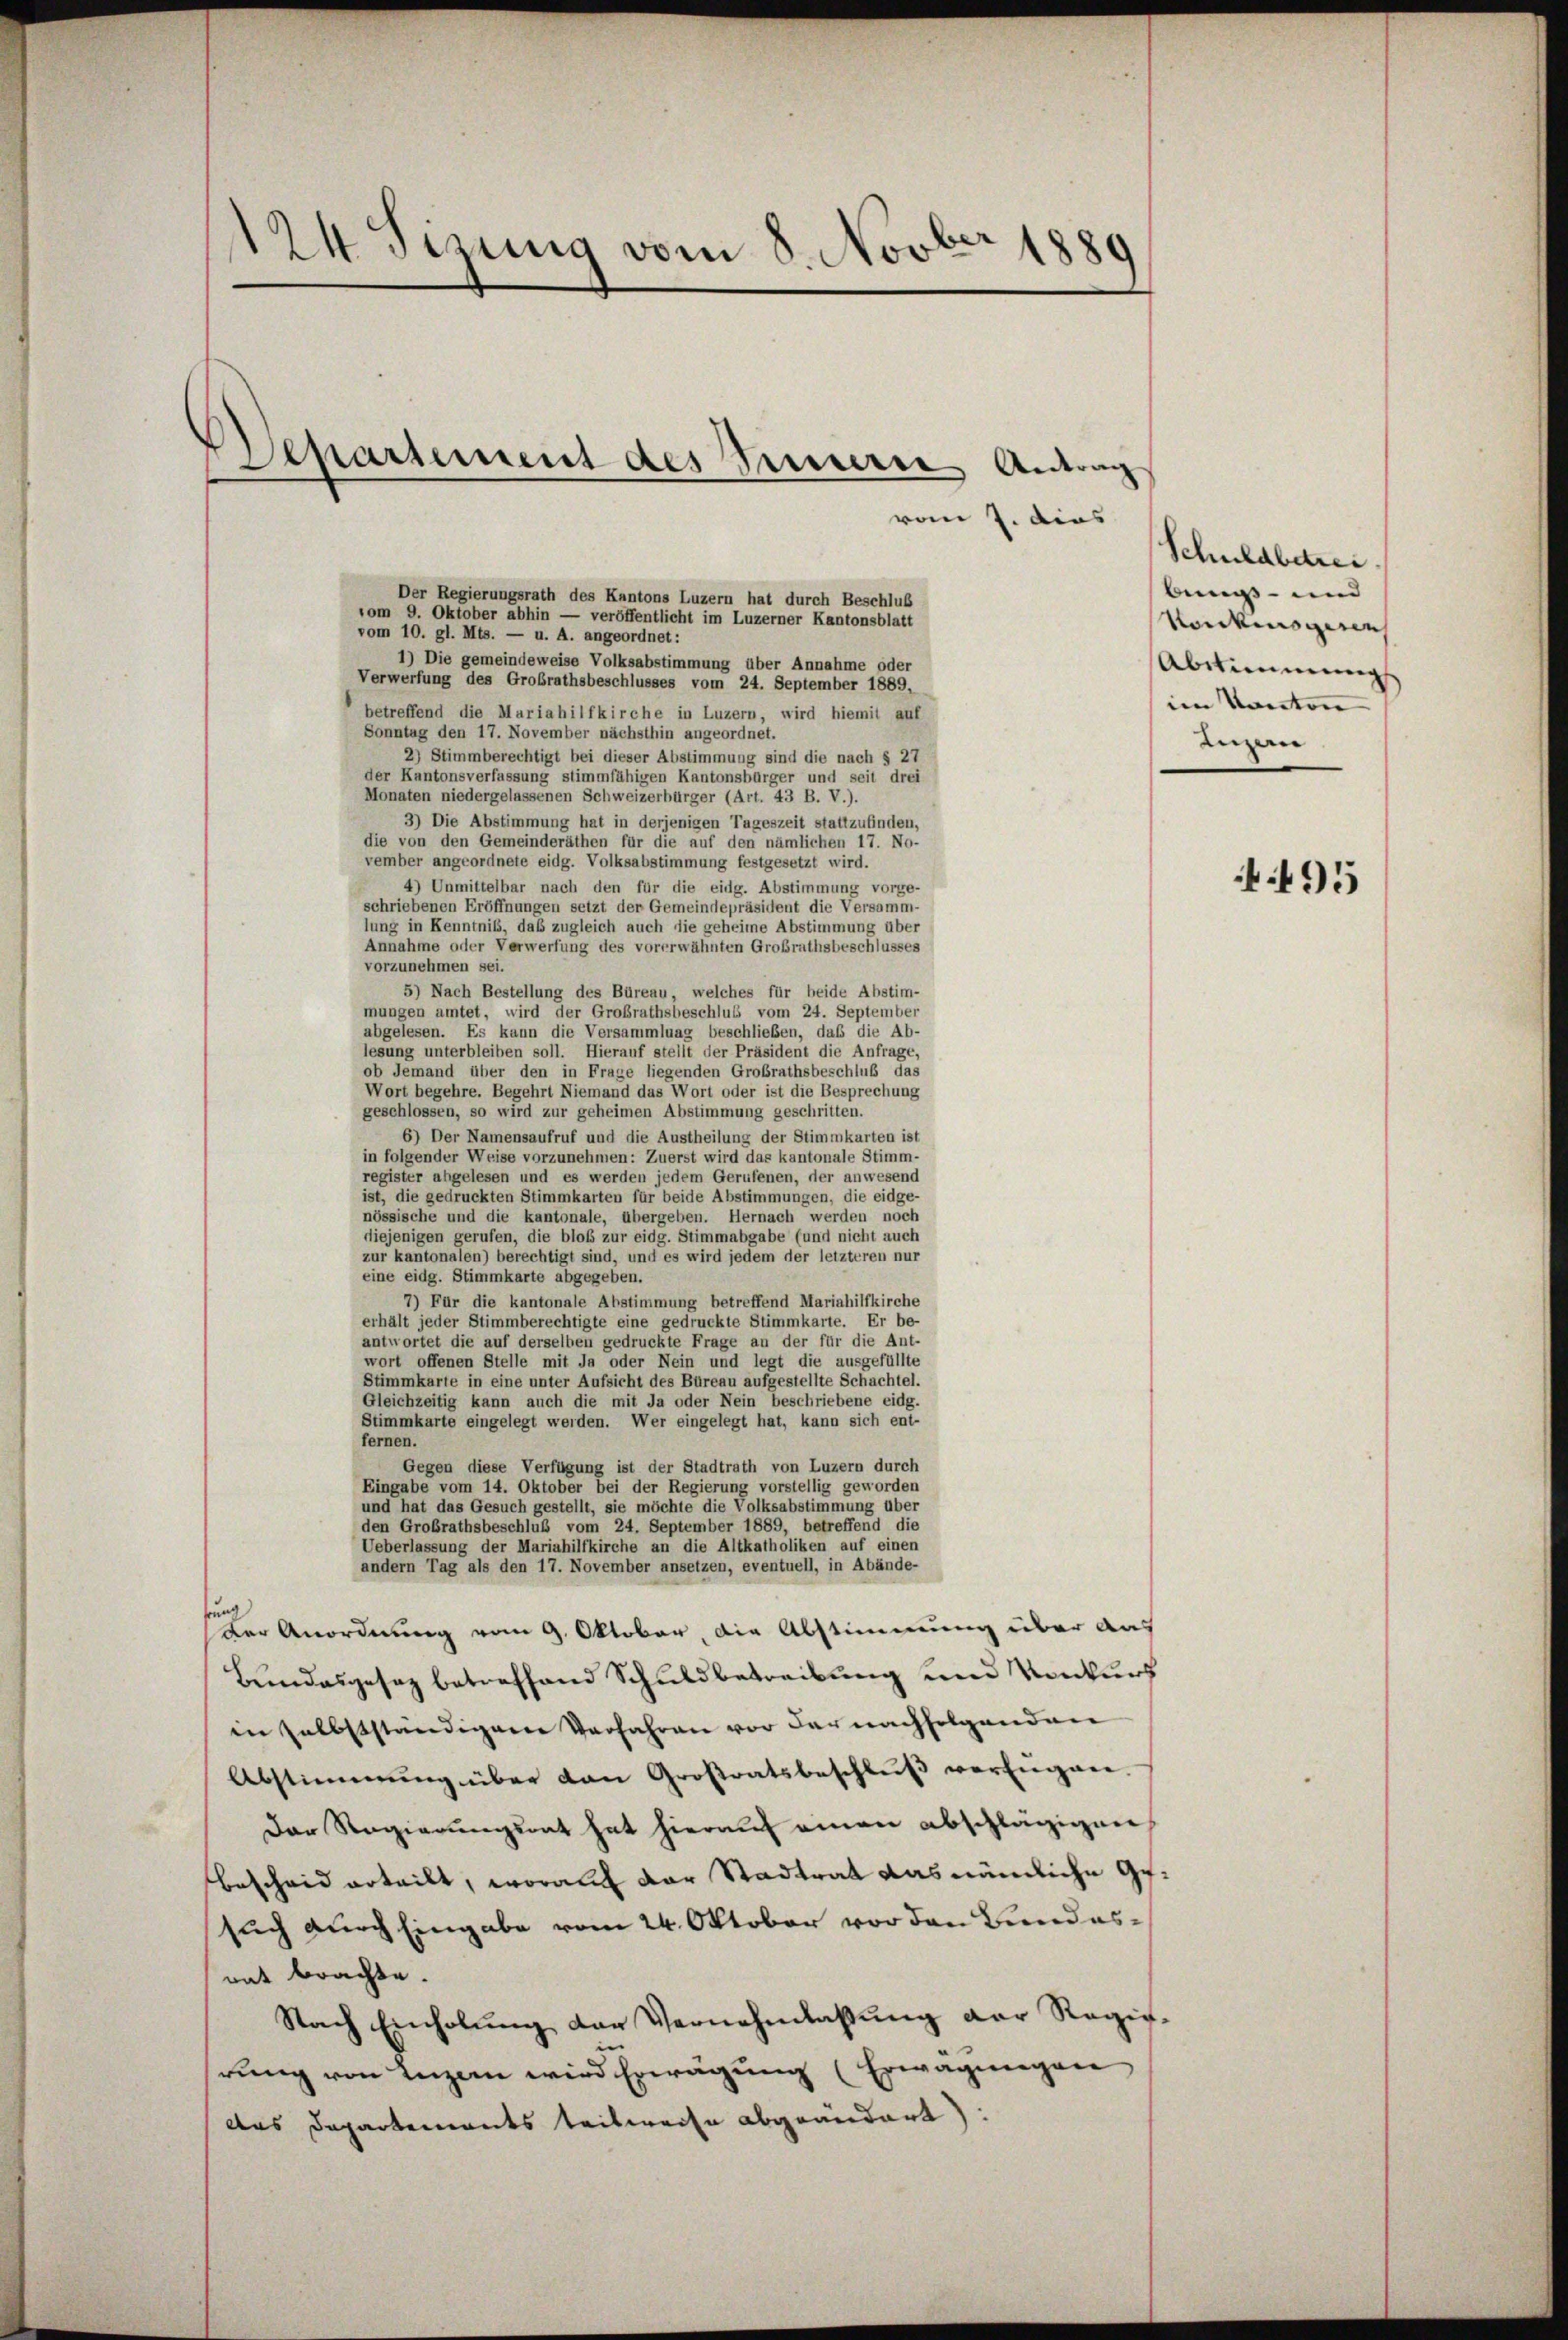
124 Sizung vom 8. Novber 1889

Senartement des Parrerse Antrag

vom 7. dies
Der Regierungsrath des Kantons Luzern hat durch Beschluß
vom 9. Oktober abhin — veröffentlicht im Luzerner Kantonsblatt
vom 10. gl. Mts. — u. A. angeordnet:
1) Die gemeindeweise Volksabstimmung über Annahme oder
Verwerfung des Großrathsbeschlusses vom 24. September 1889,
betreffend die Mariahilfkirche in Luzern, wird hiemit auf
Sonntag den 17. November nächsthin angeordnet.
2) Stimmberechtigt bei dieser Abstimmung sind die nach § 27
der Kantonsverfassung stimmfähigen Kantonsbürger und seit drei
Monaten niedergelassenen Schweizerbürger (Art. 43 B. V.).
3) Die Abstimmung hat in derjenigen Tageszeit stattzufinden,
die von den Gemeinderäthen für die auf den nämlichen 17. No-
vember angeordnete eidg. Volksabstimmung festgesetzt wird.
4) Unmittelbar nach den für die eidg. Abstimmung vorge-
schriebenen Eröffnungen setzt der Gemeindepräsident die Versamm-
lung in Kenntniss, daß zugleich auch die geheime Abstimmung über
Annahme oder Verwerfung des vorerwähnten Großrathsbeschlusses
vorzunehmen sei.
5) Nach Bestellung des Büreau, welches für beide Abstim-
mungen amtet, wird der Großrathsbeschluß vom 24. September
abgelesen. Es kann die Versammlung beschließen, daß die Ab-
lesung unterbleiben soll. Hierauf stellt der Präsident die Anfrage,
ob Jemand über den in Frage liegenden Großrathsbeschluß das
Wort begehre. Begehrt Niemand das Wort oder ist die Besprechung
geschlossen, so wird zur geheimen Abstimmung geschritten.
6) Der Namensaufruf und die Austheilung der Stimmkarten ist
in folgender Weise vorzunehmen: Zuerst wird das kantonale Stimm-
register abgelesen und es werden jedem Gerufenen, der anwesend
ist, die gedruckten Stimmkarten für beide Abstimmungen, die eidge-
nössische und die kantonale, übergeben. Hernach werden noch
diejenigen gerufen, die bloß zur eidg. Stimmabgabe (und nicht auch
zur kantonalen) berechtigt sind, und es wird jedem der letzteren nur
eine eidg. Stimmkarte abgegeben.
7) Für die kantonale Abstimmung betreffend Mariahilfkirche
erhält jeder Stimmberechtigte eine gedruckte Stimmkarte. Er be-
antwortet die auf derselben gedruckte Frage an der für die Ant-
wort offenen Stelle mit Ja oder Nein und legt die ausgefüllte
Stimmkarte in eine unter Aufsicht des Büreau aufgestellte Schachtel.
Gleichzeitig kann auch die mit Ja oder Nein beschriebene eidg.
Stimmkarte eingelegt werden. Wer eingelegt hat, kann sich ent-
fernen.
Gegen diese Verfügung ist der Stadtrath von Luzern durch
Eingabe vom 14. Oktober bei der Regierung vorstellig geworden
und hat das Gesuch gestellt, sie möchte die Volksabstimmung über
den Großrathsbeschluß vom 24. September 1889, betreffend die
Ueberlassung der Mariahilfkirche an die Altkatholiken auf einen
andern Tag als den 17. November ansetzen, eventuell, in Abände-
rung
Der Anordnung vom 9. Oktober, die Abstimmung über aus
Bundesgesez betreffend Schuldbetreibung und Konkurs
in selbstständigene Verfahren vor der nachfolgenden
Abstimmung über dan Großratsbeschlŭβ verfügen.
Der Regierungsrat hat hierauf einen abschlägigen
bescheid erteilt, worauf der Stadtrat das nämliche Gesuch durch Eingabe vom 24. Oktober vor den Bundesmit brachte.
Nach Einholung der Vernehmlassung der Regie-
rung von Luzern wird Erwägung (Erwägungen
das Departements teilweise abgeändert):

Schuldbetrei
bens- und
Norikinsgeren
Abstimmung
im Kanton
Luzern

495